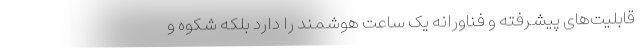
قابلیت‌های پیشرفته و فناورانه یک ساعت هوشمند را دارد بلکه شکوه و